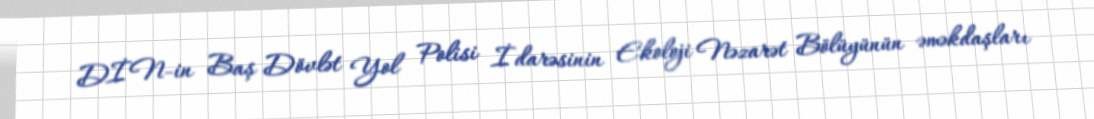
DİN-in Baş Dövlət Yol Polisi İdarəsinin Ekoloji Nəzarət Bölüyünün əməkdaşları